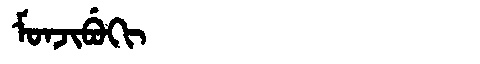
Manchu: ᠮᠣᠨᠵᡳᠪᡠᡴᡳ
Romanization: MONJIBUKI